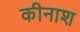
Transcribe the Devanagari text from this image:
कीनाश